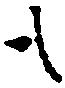
も